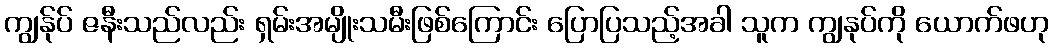
ကျွန်ုပ် ဇနီးသည်လည်း ရှမ်းအမျိုးသမီးဖြစ်ကြောင်း ပြောပြသည့်အခါ သူက ကျွနုပ်ကို ယောက်ဖဟု